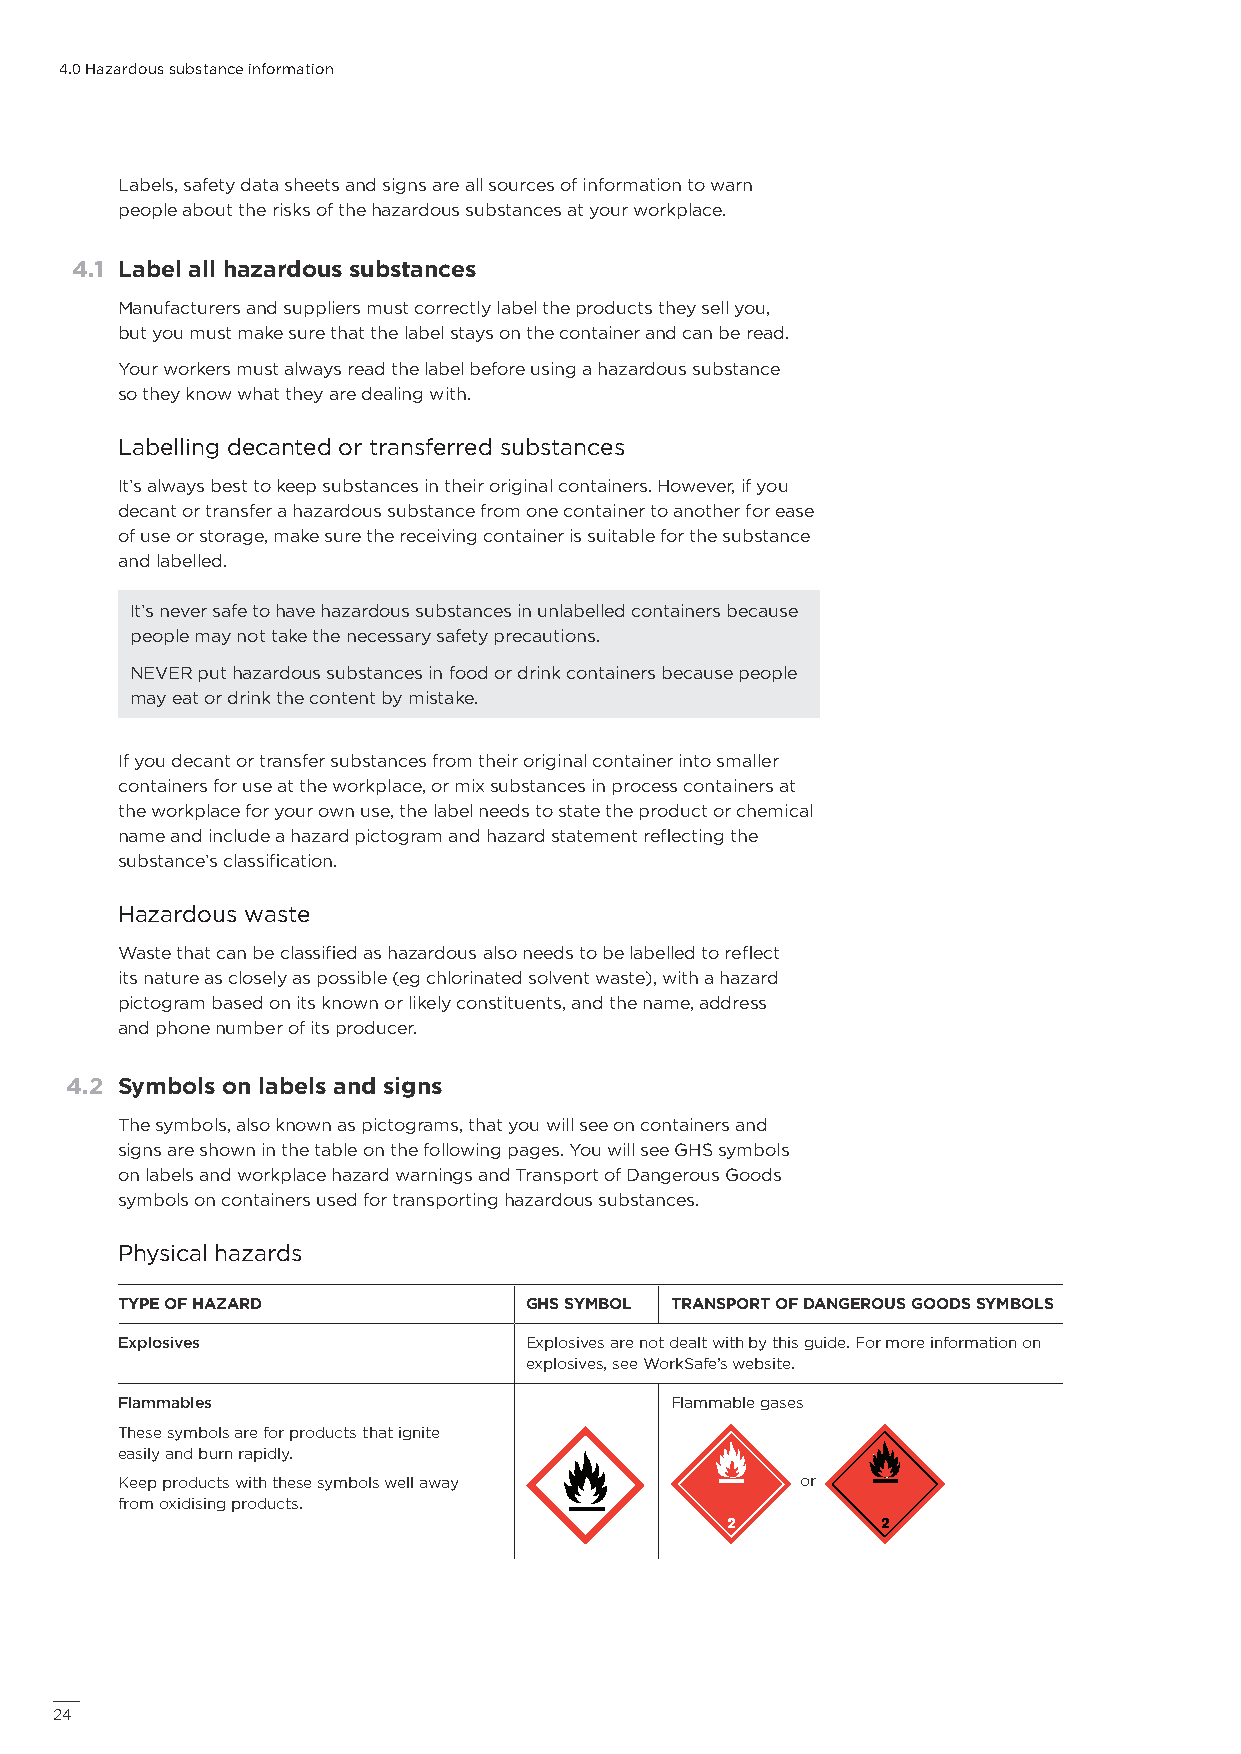
4.0 Hazardous substance information
 Labels, safety data sheets and signs are all sources of information to warn
 people about the risks of the hazardous substances at your workplace.
 4.1 Label all hazardous substances
 Manufacturers and suppliers must correctly label the products they sell you,
 but you must make sure that the label stays on the container and can be read.
 Your workers must always read the label before using a hazardous substance
 so they know what they are dealing with.
 Labelling decanted or transferred substances
 It’s always best to keep substances in their original containers. However, if you
 decant or transfer a hazardous substance from one container to another for ease
 of use or storage, make sure the receiving container is suitable for the substance
 and labelled.
 It’s never safe to have hazardous substances in unlabelled containers because
 people may not take the necessary safety precautions.
 NEVER put hazardous substances in food or drink containers because people
 may eat or drink the content by mistake.
 If you decant or transfer substances from their original container into smaller
 containers for use at the workplace, or mix substances in process containers at
 the workplace for your own use, the label needs to state the product or chemical
 name and include a hazard pictogram and hazard statement reflecting the
 substance’s classification.
 Hazardous waste
 Waste that can be classified as hazardous also needs to be labelled to reflect
 its nature as closely as possible (eg chlorinated solvent waste), with a hazard
 pictogram based on its known or likely constituents, and the name, address
 and phone number of its producer.
 4.2 Symbols on labels and signs
 The symbols, also known as pictograms, that you will see on containers and
 signs are shown in the table on the following pages. You will see GHS symbols
 on labels and workplace hazard warnings and Transport of Dangerous Goods
 symbols on containers used for transporting hazardous substances.
 Physical hazards
 TYPE OF HAZARD             GHS SYMBOL TRANSPORT OF DANGEROUS GOODS SYMBOLS
 Explosives                 Explosives are not dealt with by this guide. For more information on
 explosives, see WorkSafe’s website.
 Flammables                          Flammable gases
 These symbols are for products that ignite
 easily and burn rapidly.
 Keep products with these symbols well away   or
 from oxidising products.
 24